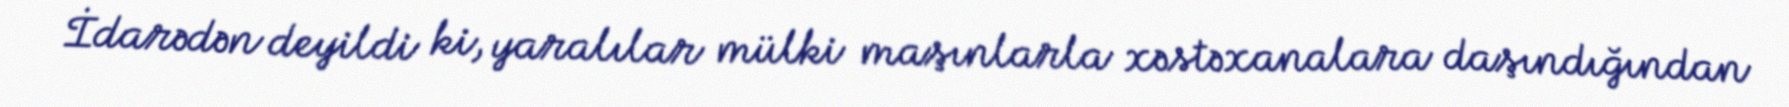
İdarədən deyildi ki, yaralılar mülki maşınlarla xəstəxanalara daşındığından